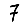
Digit: 7